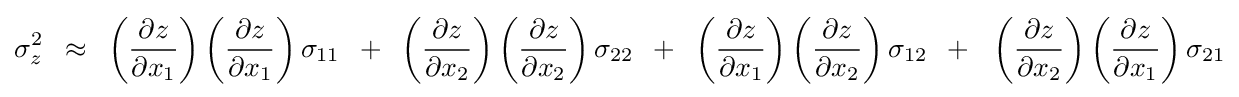
\sigma _{z}^{2}\,\,\,\approx \,\,\,\left({{\partial z} \over {\partial x_{1}}}\right)\left({{\partial z} \over {\partial x_{1}}}\right)\sigma _{11}\,\,\,+\,\,\,\left({{\partial z} \over {\partial x_{2}}}\right)\left({{\partial z} \over {\partial x_{2}}}\right)\sigma _{22}\,\,\,+\,\,\,\left({{\partial z} \over {\partial x_{1}}}\right)\left({{\partial z} \over {\partial x_{2}}}\right)\sigma _{12}\,\,\,+\,\,\,\,\left({{\partial z} \over {\partial x_{2}}}\right)\left({{\partial z} \over {\partial x_{1}}}\right)\sigma _{21}